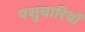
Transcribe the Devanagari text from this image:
पशुचारियों